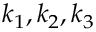
k _ { 1 } , k _ { 2 } , k _ { 3 }